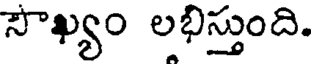
సౌఖ్యం లభిస్తుంది.